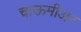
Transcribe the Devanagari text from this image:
चाऊमीअर